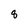
Character: 8